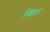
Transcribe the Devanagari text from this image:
सिंहार